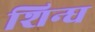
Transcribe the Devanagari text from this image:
शिन्घ